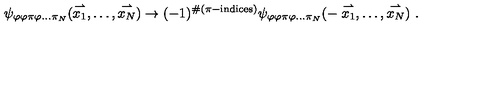
\psi _ { \varphi \varphi \pi \varphi \ldots \pi _ { N } } ( \stackrel { \rightharpoonup } { x _ { 1 } } , \ldots , \stackrel { \rightharpoonup } { x _ { N } } ) \rightarrow ( - 1 ) ^ { \# ( \pi - \mathrm { i n d i c e s } ) } \psi _ { \varphi \varphi \pi \varphi \ldots \pi _ { N } } ( - \stackrel { \rightharpoonup } { x _ { 1 } } , \ldots , \stackrel { \rightharpoonup } { x _ { N } } ) \ .